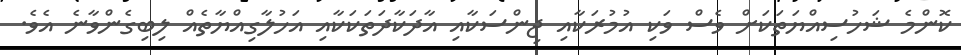
ކޮންމެ ޝަހުސިއްޔަތަކަށް ވެސް ވަކި އުމުރަކާއި ޖިންސަކާއި އާދަކާދަތަކަކާއި އަހުލާގިއްޔާތެއް ލިބިގެންވާނެ އެވެ.